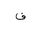
Letter: _fa